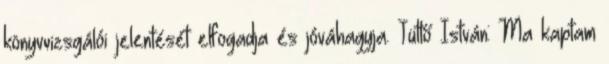
könyvvizsgálói jelentését elfogadja és jóváhagyja. Tüttő István: Ma kaptam